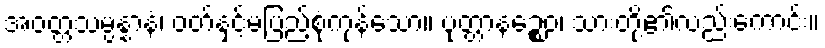
အဝတ္တသမ္ပန္နာနံ၊ ဝတ်နှင့်မပြည့်စုံကုန်သော။ ပုတ္တာနဉ္စေဝ၊ သားတို့၏လည်းကောင်း။